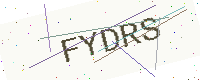
Text: FYDRS